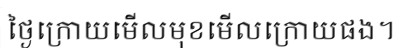
ថ្ងៃក្រោយមើលមុខមើលក្រោយផង។